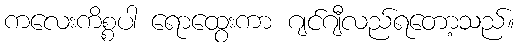
ကလေးကိစ္စပါ ရောထွေးကာ ဂျင်ဂျီလည်ရတော့သည်။